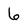
Character: 6